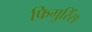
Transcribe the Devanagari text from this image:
फिगुरिंस